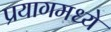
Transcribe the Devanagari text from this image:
प्रयागमध्ये